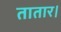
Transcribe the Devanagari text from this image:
तातार।